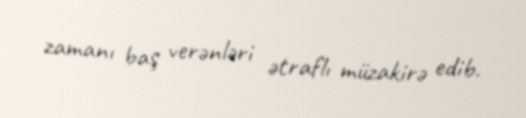
zamanı baş verənləri ətraflı müzakirə edib.